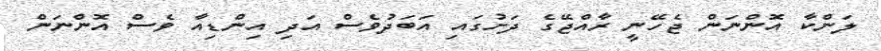
ލަންކާ އޮންނަން ޖެހޭނީ ރާއްޖޭގެ ދަށުގައި އަބަދުވެސް އަދި އިންޑިއާ ވެސް އޮންނަން